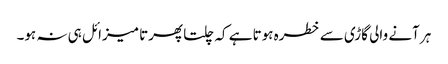
ہر آنے والی گاڑی سے خطرہ ہوتا ہے کہ چلتا پھرتا میزائل ہی نہ ہو۔